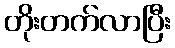
တိုးတက်လာပြီး